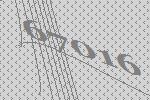
67016